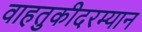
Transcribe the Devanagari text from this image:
वाहतुकीदरम्यान